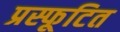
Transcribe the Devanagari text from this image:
प्रस्फूटित